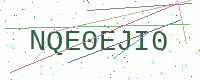
Text: NQE0EJI0